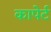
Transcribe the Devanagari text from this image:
कापेर्ट